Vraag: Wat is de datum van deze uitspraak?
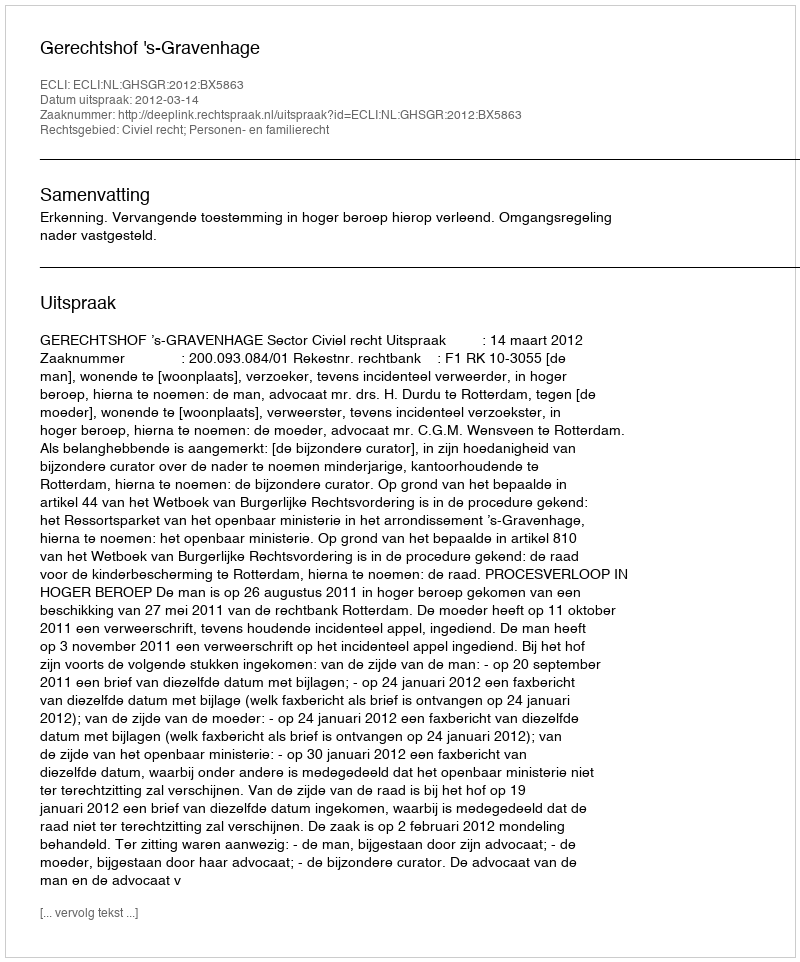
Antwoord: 2012-03-14